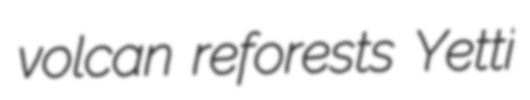
volcan reforests Yetti